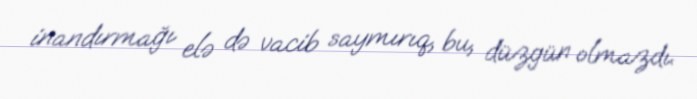
inandırmağı elə də vacib saymırıq, bu, düzgün olmazdı.